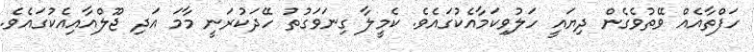
ހަފްތާއެއް ވޭތުވެގެން ދިޔައީ ހަލުވިކަމާއެކުގައެވެ. ކެމީލާ ގިނަވަގުތު ހޭދަކުރަނީ މާމަ އަދި ޖޫލްއާއިއެކުގައެވެ.